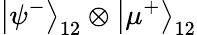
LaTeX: \left|\psi^{-}\right\rangle_{12}\otimes\left|\mu^{+}\right\rangle_{12}